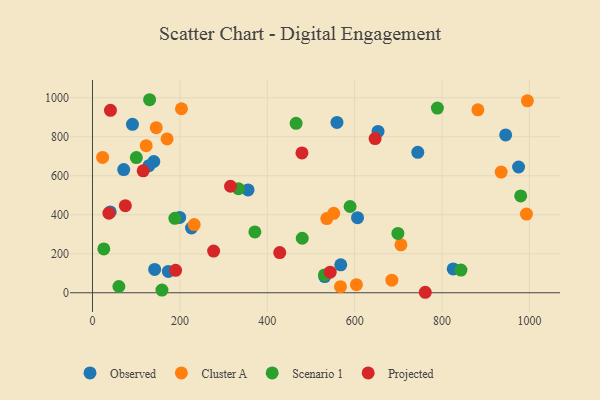
{"axis": {"x": "Experience", "y": "Exam Score"}, "legend": ["Cluster A", "Observed", "Projected", "Scenario 1"], "data": [{"x": "606.6", "y": 385.3, "type": "Observed"}, {"x": "653.5", "y": 827.1, "type": "Observed"}, {"x": "559.5", "y": 873.6, "type": "Observed"}, {"x": "945.6", "y": 809.6, "type": "Observed"}, {"x": "744.5", "y": 720.3, "type": "Observed"}, {"x": "531.4", "y": 83.2, "type": "Observed"}, {"x": "142.3", "y": 119.8, "type": "Observed"}, {"x": "226.6", "y": 332.1, "type": "Observed"}, {"x": "975.2", "y": 644.8, "type": "Observed"}, {"x": "140.4", "y": 673.0, "type": "Observed"}, {"x": "71.5", "y": 631.9, "type": "Observed"}, {"x": "40.6", "y": 414.3, "type": "Observed"}, {"x": "91.5", "y": 863.9, "type": "Observed"}, {"x": "568.2", "y": 143.3, "type": "Observed"}, {"x": "356.1", "y": 527.5, "type": "Observed"}, {"x": "129.2", "y": 651.9, "type": "Observed"}, {"x": "199.5", "y": 386.1, "type": "Observed"}, {"x": "173.6", "y": 109.4, "type": "Observed"}, {"x": "825.5", "y": 122.3, "type": "Observed"}, {"x": "23.2", "y": 694.0, "type": "Cluster A"}, {"x": "685.1", "y": 64.8, "type": "Cluster A"}, {"x": "170.7", "y": 789.0, "type": "Cluster A"}, {"x": "122.9", "y": 754.5, "type": "Cluster A"}, {"x": "995.3", "y": 984.4, "type": "Cluster A"}, {"x": "232.8", "y": 349.8, "type": "Cluster A"}, {"x": "993.2", "y": 403.7, "type": "Cluster A"}, {"x": "145.9", "y": 846.5, "type": "Cluster A"}, {"x": "882.0", "y": 937.9, "type": "Cluster A"}, {"x": "935.3", "y": 618.8, "type": "Cluster A"}, {"x": "552.0", "y": 407.5, "type": "Cluster A"}, {"x": "705.9", "y": 245.6, "type": "Cluster A"}, {"x": "536.2", "y": 380.6, "type": "Cluster A"}, {"x": "567.6", "y": 31.3, "type": "Cluster A"}, {"x": "203.6", "y": 943.7, "type": "Cluster A"}, {"x": "604.1", "y": 41.7, "type": "Cluster A"}, {"x": "334.2", "y": 533.4, "type": "Scenario 1"}, {"x": "466.0", "y": 868.9, "type": "Scenario 1"}, {"x": "130.7", "y": 989.9, "type": "Scenario 1"}, {"x": "530.8", "y": 91.5, "type": "Scenario 1"}, {"x": "699.0", "y": 304.3, "type": "Scenario 1"}, {"x": "60.4", "y": 32.2, "type": "Scenario 1"}, {"x": "589.6", "y": 442.3, "type": "Scenario 1"}, {"x": "980.0", "y": 496.8, "type": "Scenario 1"}, {"x": "843.3", "y": 116.3, "type": "Scenario 1"}, {"x": "159.0", "y": 13.8, "type": "Scenario 1"}, {"x": "188.5", "y": 381.5, "type": "Scenario 1"}, {"x": "789.4", "y": 946.9, "type": "Scenario 1"}, {"x": "480.1", "y": 279.5, "type": "Scenario 1"}, {"x": "371.6", "y": 312.1, "type": "Scenario 1"}, {"x": "25.9", "y": 224.6, "type": "Scenario 1"}, {"x": "100.4", "y": 693.5, "type": "Scenario 1"}, {"x": "37.6", "y": 408.1, "type": "Projected"}, {"x": "761.6", "y": 2.5, "type": "Projected"}, {"x": "544.0", "y": 105.7, "type": "Projected"}, {"x": "479.4", "y": 716.9, "type": "Projected"}, {"x": "428.5", "y": 206.2, "type": "Projected"}, {"x": "646.8", "y": 790.8, "type": "Projected"}, {"x": "116.0", "y": 625.1, "type": "Projected"}, {"x": "190.2", "y": 115.1, "type": "Projected"}, {"x": "41.1", "y": 935.3, "type": "Projected"}, {"x": "315.9", "y": 546.1, "type": "Projected"}, {"x": "277.2", "y": 213.9, "type": "Projected"}, {"x": "75.2", "y": 446.6, "type": "Projected"}]}